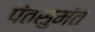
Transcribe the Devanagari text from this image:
पंतसुमंत